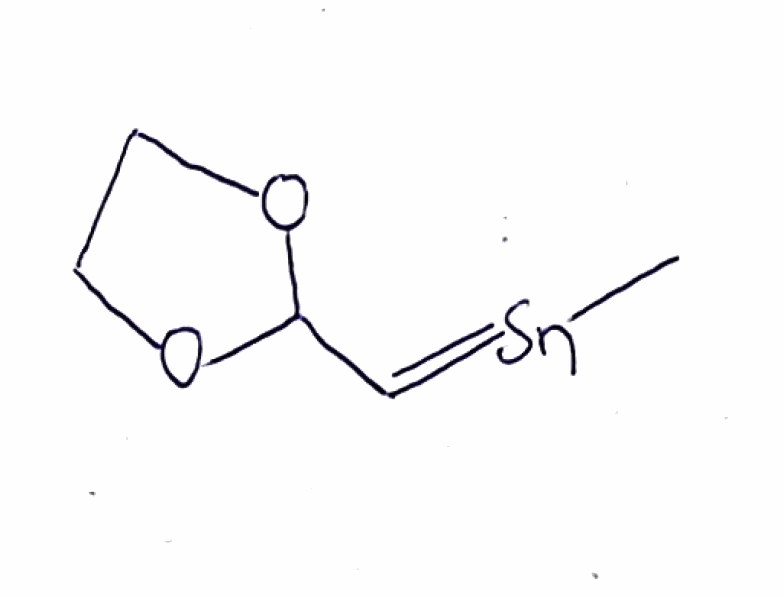
Simplified molecular-input line-entry system (SMILES) notation of the given molecule:
C[Sn]=CC1OCCO1